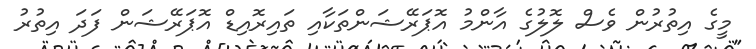
މީގެ އިތުރުން ވެސް ލޮލުގެ އާންމު އޮޕަރޭޝަންތަކާއި ތައިރޮއިޑް އޮޕަރޭޝަން ފަދަ އިތުރު